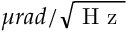
\mu r a d / \sqrt { \mathrm { ~ H ~ z ~ } }